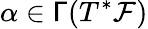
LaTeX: \alpha\in\mathsf{\Gamma}(T^{*}{\mathcal F})